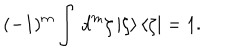
( - 1 ) ^ { m } \int \, d ^ { m } \zeta \, | \zeta \rangle \, \langle \zeta | = 1 .